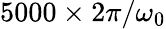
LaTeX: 5000\times 2\pi/\omega_{0}